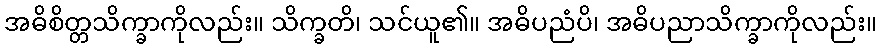
အဓိစိတ္တသိက္ခာကိုလည်း။ သိက္ခတိ၊ သင်ယူ၏။ အဓိပညံပိ၊ အဓိပညာသိက္ခာကိုလည်း။